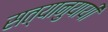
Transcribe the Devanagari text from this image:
सत्यानुयायी